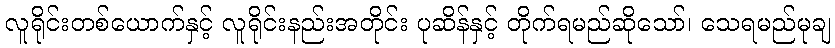
လူရိုင်းတစ်ယောက်နှင့် လူရိုင်းနည်းအတိုင်း ပုဆိန်နှင့် တိုက်ရမည်ဆိုသော်၊ သေရမည်မုချ